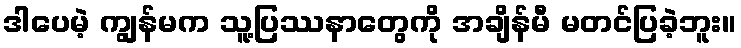
ဒါပေမဲ့ ကျွန်မက သူ့ပြဿနာတွေကို အချိန်မီ မတင်ပြခဲ့ဘူး။